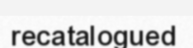
recatalogued